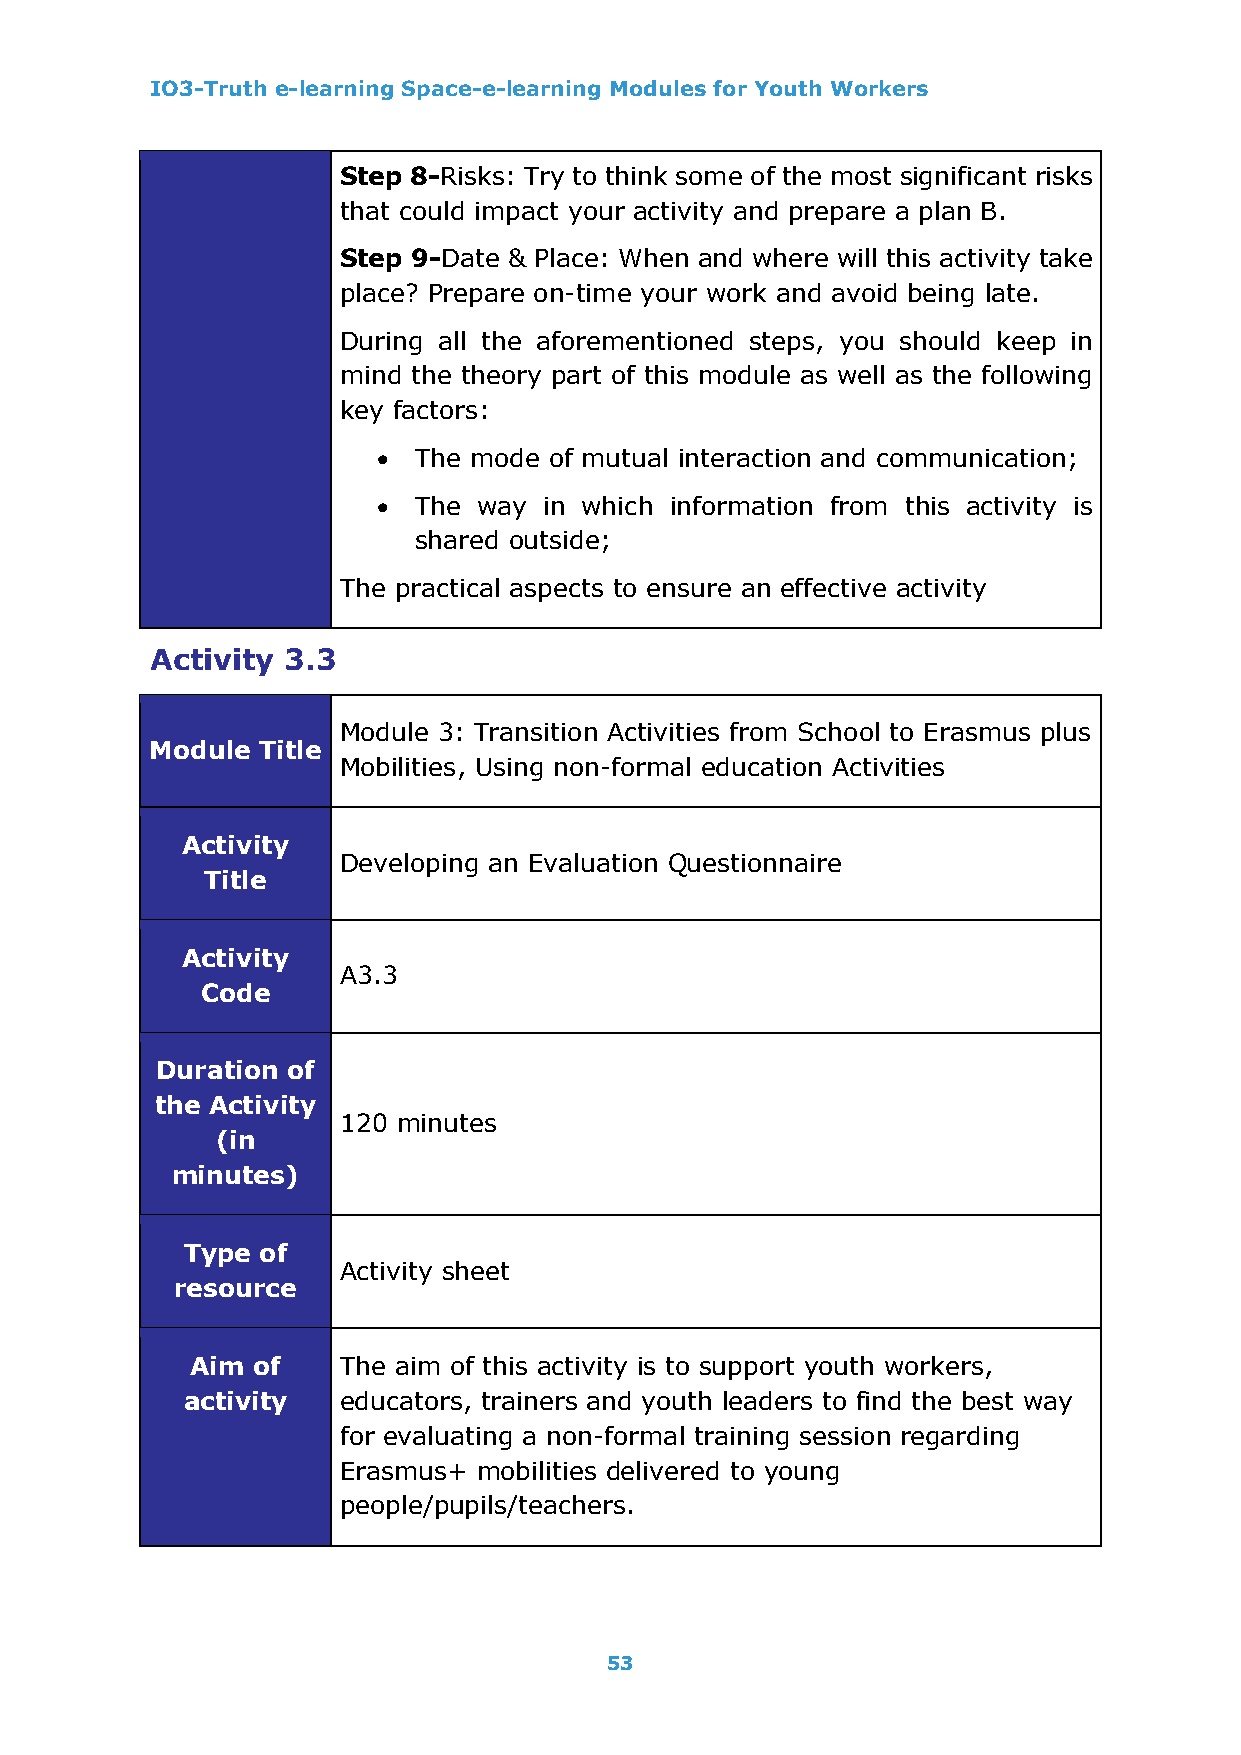
IO3-Truth e-learning Space-e-learning Modules for Youth Workers
 Step 8-Risks: Try to think some of the most significant risks
 that could impact your activity and prepare a plan B.
 Step 9-Date & Place: When and where will this activity take
 place? Prepare on-time your work and avoid being late.
 During all the aforementioned steps, you should keep in
 mind the theory part of this module as well as the following
 key factors:
 • The mode of mutual interaction and communication;
 • The  way in which information from this activity is
 shared outside;
 The practical aspects to ensure an effective activity
 Activity 3.3
 Module 3: Transition Activities from School to Erasmus plus
 Module Title
 Mobilities, Using non-formal education Activities
 Activity
 Developing an Evaluation Questionnaire
 Title
 Activity
 A3.3
 Code
 Duration of
 the Activity
 120 minutes
 (in
 minutes)
 Type of
 Activity sheet
 resource
 Aim of   The aim of this activity is to support youth workers,
 activity  educators, trainers and youth leaders to find the best way
 for evaluating a non-formal training session regarding
 Erasmus+  mobilities delivered to young
 people/pupils/teachers.
 53